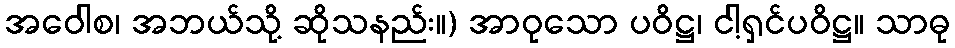
အဝေါစ၊ အဘယ်သို့ ဆိုသနည်း။) အာဝုသော ပဝိဋ္ဌ၊ ငါ့ရှင်ပဝိဋ္ဌ။ သာဓု